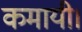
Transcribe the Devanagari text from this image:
कमायी।